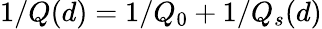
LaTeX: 1/Q(d)=1/Q_{0}+1/Q_{s}(d)